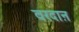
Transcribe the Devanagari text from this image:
वरदाऩ